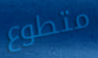
متطوع